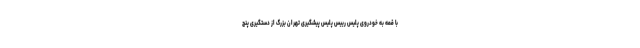
با قمه به خودروی پلیس رییس پلیس پیشگیری تهران بزرگ از دستگیری پنج